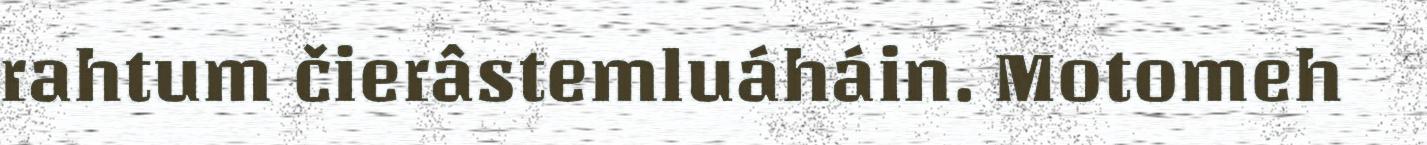
rahtum čierâstemluáháin. Motomeh